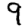
Digit: 9